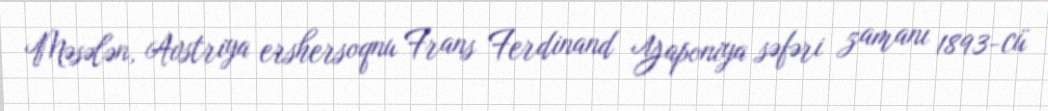
Məsələn, Avstriya ershersoqnu Frans Ferdinand Yaponiya səfəri zamanı 1893-cü